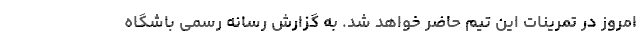
امروز در تمرینات این تیم حاضر خواهد شد. به گزارش رسانه رسمی باشگاه